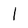
Character: 1